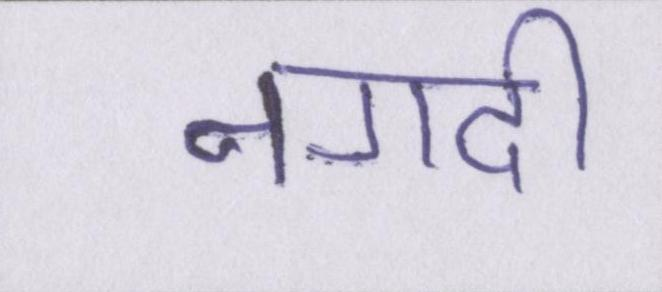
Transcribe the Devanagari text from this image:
नगदी